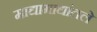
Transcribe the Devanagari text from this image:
माद्यामाद्यांतले